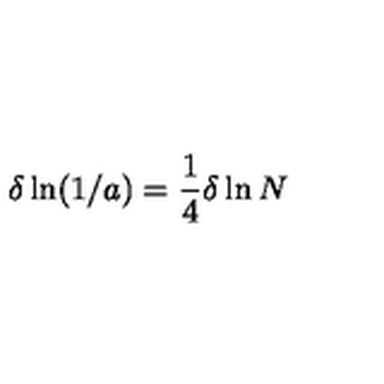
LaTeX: \delta \ln ( 1 / a ) = { \frac { 1 } { 4 } } \delta \ln N